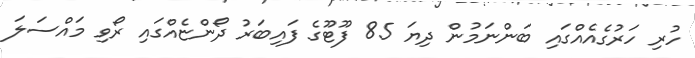
ހުރި ހަރުގެއެއްގައި ބަންނަމުން ދިޔަ 85 ފޫޓޫގެ ފައިބަރު ދޯންޏެއްގައި ރޯވި މައްސަލަ